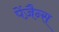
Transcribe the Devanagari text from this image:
पेंज़ैन्स